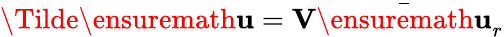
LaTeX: \Tilde{\ensuremath{\mathbf{u}}}=\mathbf{V}\bar{\ensuremath{\mathbf{u}}}_{r}